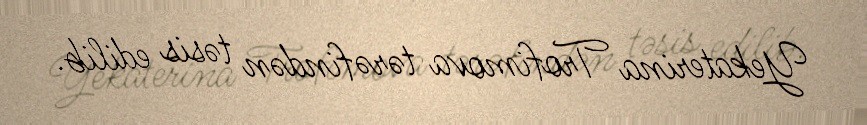
Yekaterina Trofimova tərəfindən təsis edilib.